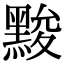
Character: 黢